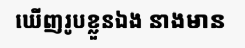
ឃើញរូបខ្លួនឯង នាងមាន